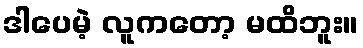
ဒါပေမဲ့ လူကတော့ မထိဘူး။